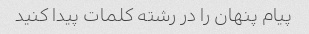
پیام پنهان را در رشته کلمات پیدا کنید